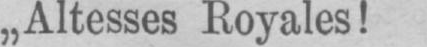
„Altesses Royales!